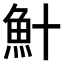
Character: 𫙏